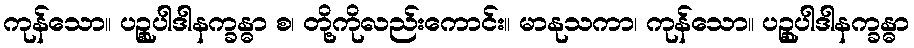
ကုန်သော။ ပဉ္စုပါဒါနက္ခန္ဓာ စ၊ တို့ကိုလည်းကောင်း။ မာနုသကာ၊ ကုန်သော။ ပဉ္စုပါဒါနက္ခန္ဓာ